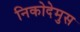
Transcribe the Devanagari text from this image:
निकोदेमुस